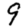
Digit: 9